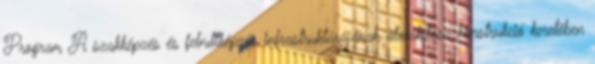
Program A szakképzés és felnıttképzés infrastruktúrájának átalakítása konstrukció keretében